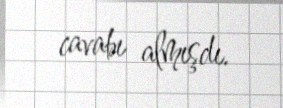
cavabı almışdı.